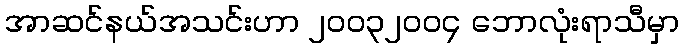
အာဆင်နယ်အသင်းဟာ ၂၀၀၃၂၀၀၄ ဘောလုံးရာသီမှာ